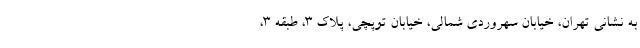
به نشانی تهران، خیابان سهروردی شمالی، خیابان توپچی، پلاک 3، طبقه 3،